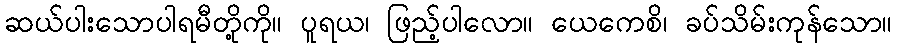
ဆယ်ပါးသောပါရမီတို့ကို။ ပူရယ၊ ဖြည့်ပါလော။ ယေကေစိ၊ ခပ်သိမ်းကုန်သော။